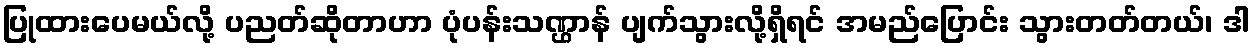
ပြုထားပေမယ်လို့ ပညတ်ဆိုတာဟာ ပုံပန်းသဏ္ဌာန် ပျက်သွားလို့ရှိရင် အမည်ပြောင်း သွားတတ်တယ်၊ ဒါ